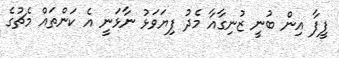
ފީފާ އިން ބުނީ ޒުނިގާއާ މެދު ފިޔަވަޅު ނާޅަނީ އެ ކަންތައް މެޗުގެ